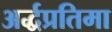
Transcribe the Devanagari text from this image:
अर्द्धप्रतिमा